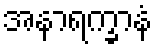
အနာရက္ခာနံ